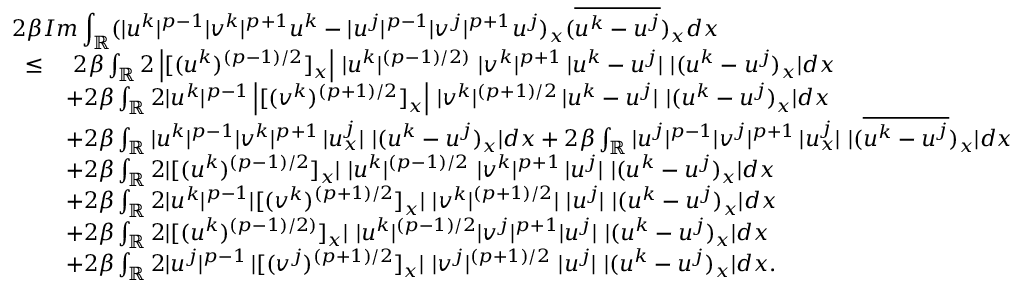
\begin{array} { r l } { 2 \beta \lefteqn { I m \int _ { \mathbb { R } } ( | u ^ { k } | ^ { p - 1 } | v ^ { k } | ^ { p + 1 } u ^ { k } - | u ^ { j } | ^ { p - 1 } | v ^ { j } | ^ { p + 1 } u ^ { j } ) _ { x } ( \overline { { u ^ { k } - u ^ { j } } } ) _ { x } d x } } \\ { \leq } & { \ 2 \beta \int _ { \mathbb { R } } 2 \left| [ ( u ^ { k } ) ^ { ( p - 1 ) / 2 } ] _ { x } \right| \, | u ^ { k } | ^ { ( p - 1 ) / 2 ) } \ | v ^ { k } | ^ { p + 1 } \, | u ^ { k } - u ^ { j } | \ | ( u ^ { k } - u ^ { j } ) _ { x } | d x } \\ & { + 2 \beta \int _ { \mathbb { R } } 2 | u ^ { k } | ^ { p - 1 } \left| [ ( v ^ { k } ) ^ { ( p + 1 ) / 2 } ] _ { x } \right| \, | v ^ { k } | ^ { ( p + 1 ) / 2 } \, | u ^ { k } - u ^ { j } | \ | ( u ^ { k } - u ^ { j } ) _ { x } | d x } \\ & { + 2 \beta \int _ { \mathbb { R } } | u ^ { k } | ^ { p - 1 } | v ^ { k } | ^ { p + 1 } \, | u _ { x } ^ { j } | \ | ( u ^ { k } - u ^ { j } ) _ { x } | d x + 2 \beta \int _ { \mathbb { R } } | u ^ { j } | ^ { p - 1 } | v ^ { j } | ^ { p + 1 } \, | u _ { x } ^ { j } | \ | ( \overline { { u ^ { k } - u ^ { j } } } ) _ { x } | d x } \\ & { + 2 \beta \int _ { \mathbb { R } } 2 | [ ( u ^ { k } ) ^ { ( p - 1 ) / 2 } ] _ { x } | \ | u ^ { k } | ^ { ( p - 1 ) / 2 } \ | v ^ { k } | ^ { p + 1 } \, | u ^ { j } | \ | ( u ^ { k } - u ^ { j } ) _ { x } | d x } \\ & { + 2 \beta \int _ { \mathbb { R } } 2 | u ^ { k } | ^ { p - 1 } | [ ( v ^ { k } ) ^ { ( p + 1 ) / 2 } ] _ { x } | \ | v ^ { k } | ^ { ( p + 1 ) / 2 } | \ | u ^ { j } | \ | ( u ^ { k } - u ^ { j } ) _ { x } | d x } \\ & { + 2 \beta \int _ { \mathbb { R } } 2 | [ ( u ^ { k } ) ^ { ( p - 1 ) / 2 ) } ] _ { x } | \ | u ^ { k } | ^ { ( p - 1 ) / 2 } | v ^ { j } | ^ { p + 1 } | u ^ { j } | \ | ( u ^ { k } - u ^ { j } ) _ { x } | d x } \\ & { + 2 \beta \int _ { \mathbb { R } } 2 | u ^ { j } | ^ { p - 1 } \, | [ ( v ^ { j } ) ^ { ( p + 1 ) / 2 } ] _ { x } | \ | v ^ { j } | ^ { ( p + 1 ) / 2 } \ | u ^ { j } | \ | ( u ^ { k } - u ^ { j } ) _ { x } | d x . } \end{array}